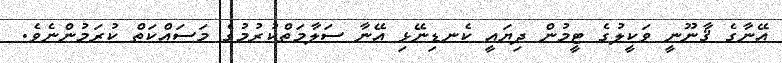
އޭނާގެ ޤާނޫނީ ވަކީލުގެ ޓީމުން ދިޔައީ ކެނޑިނޭޅި އޭނާ ސަލާމަތްކުރުމުގެ މަސައްކަތް ކުރަމުންނެވެ.